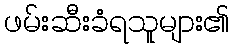
ဖမ်းဆီးခံရသူများ၏